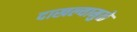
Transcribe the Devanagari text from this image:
दाखल्यामुळे